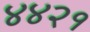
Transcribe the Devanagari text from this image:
४४२१